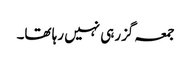
جمعہ گزرہی نہیں رہا تھا۔